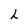
Character: L